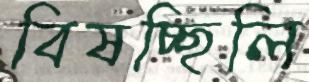
বিষচ্ছিলি